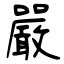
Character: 嚴